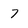
Character: 7